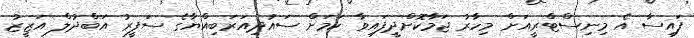
ފައިސާ އެ މިނިސްޓްރީއަށް މިހާރު ޖަމާކޮށްދީފައިވާ ކަމަށް ސައުދިއަރަބިއްޔާގެ ސަފީރު އަބްދުލް އަޒީޒު